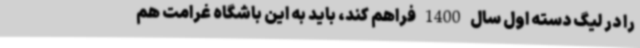
را در لیگ دسته اول سال 1400 فراهم کند، باید به این باشگاه غرامت هم